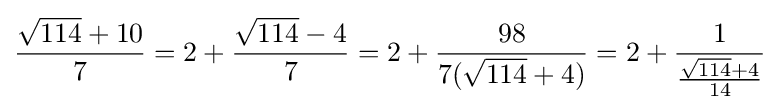
{\frac {{\sqrt {114}}+10}{7}}=2+{\frac {{\sqrt {114}}-4}{7}}=2+{\frac {98}{7({\sqrt {114}}+4)}}=2+{\frac {1}{\frac {{\sqrt {114}}+4}{14}}}